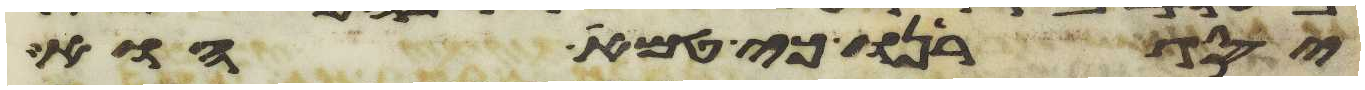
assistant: יסגירנו כי טמא הוא